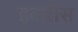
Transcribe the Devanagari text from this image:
इक्वीस